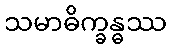
သမာဓိက္ခန္ဓဿ